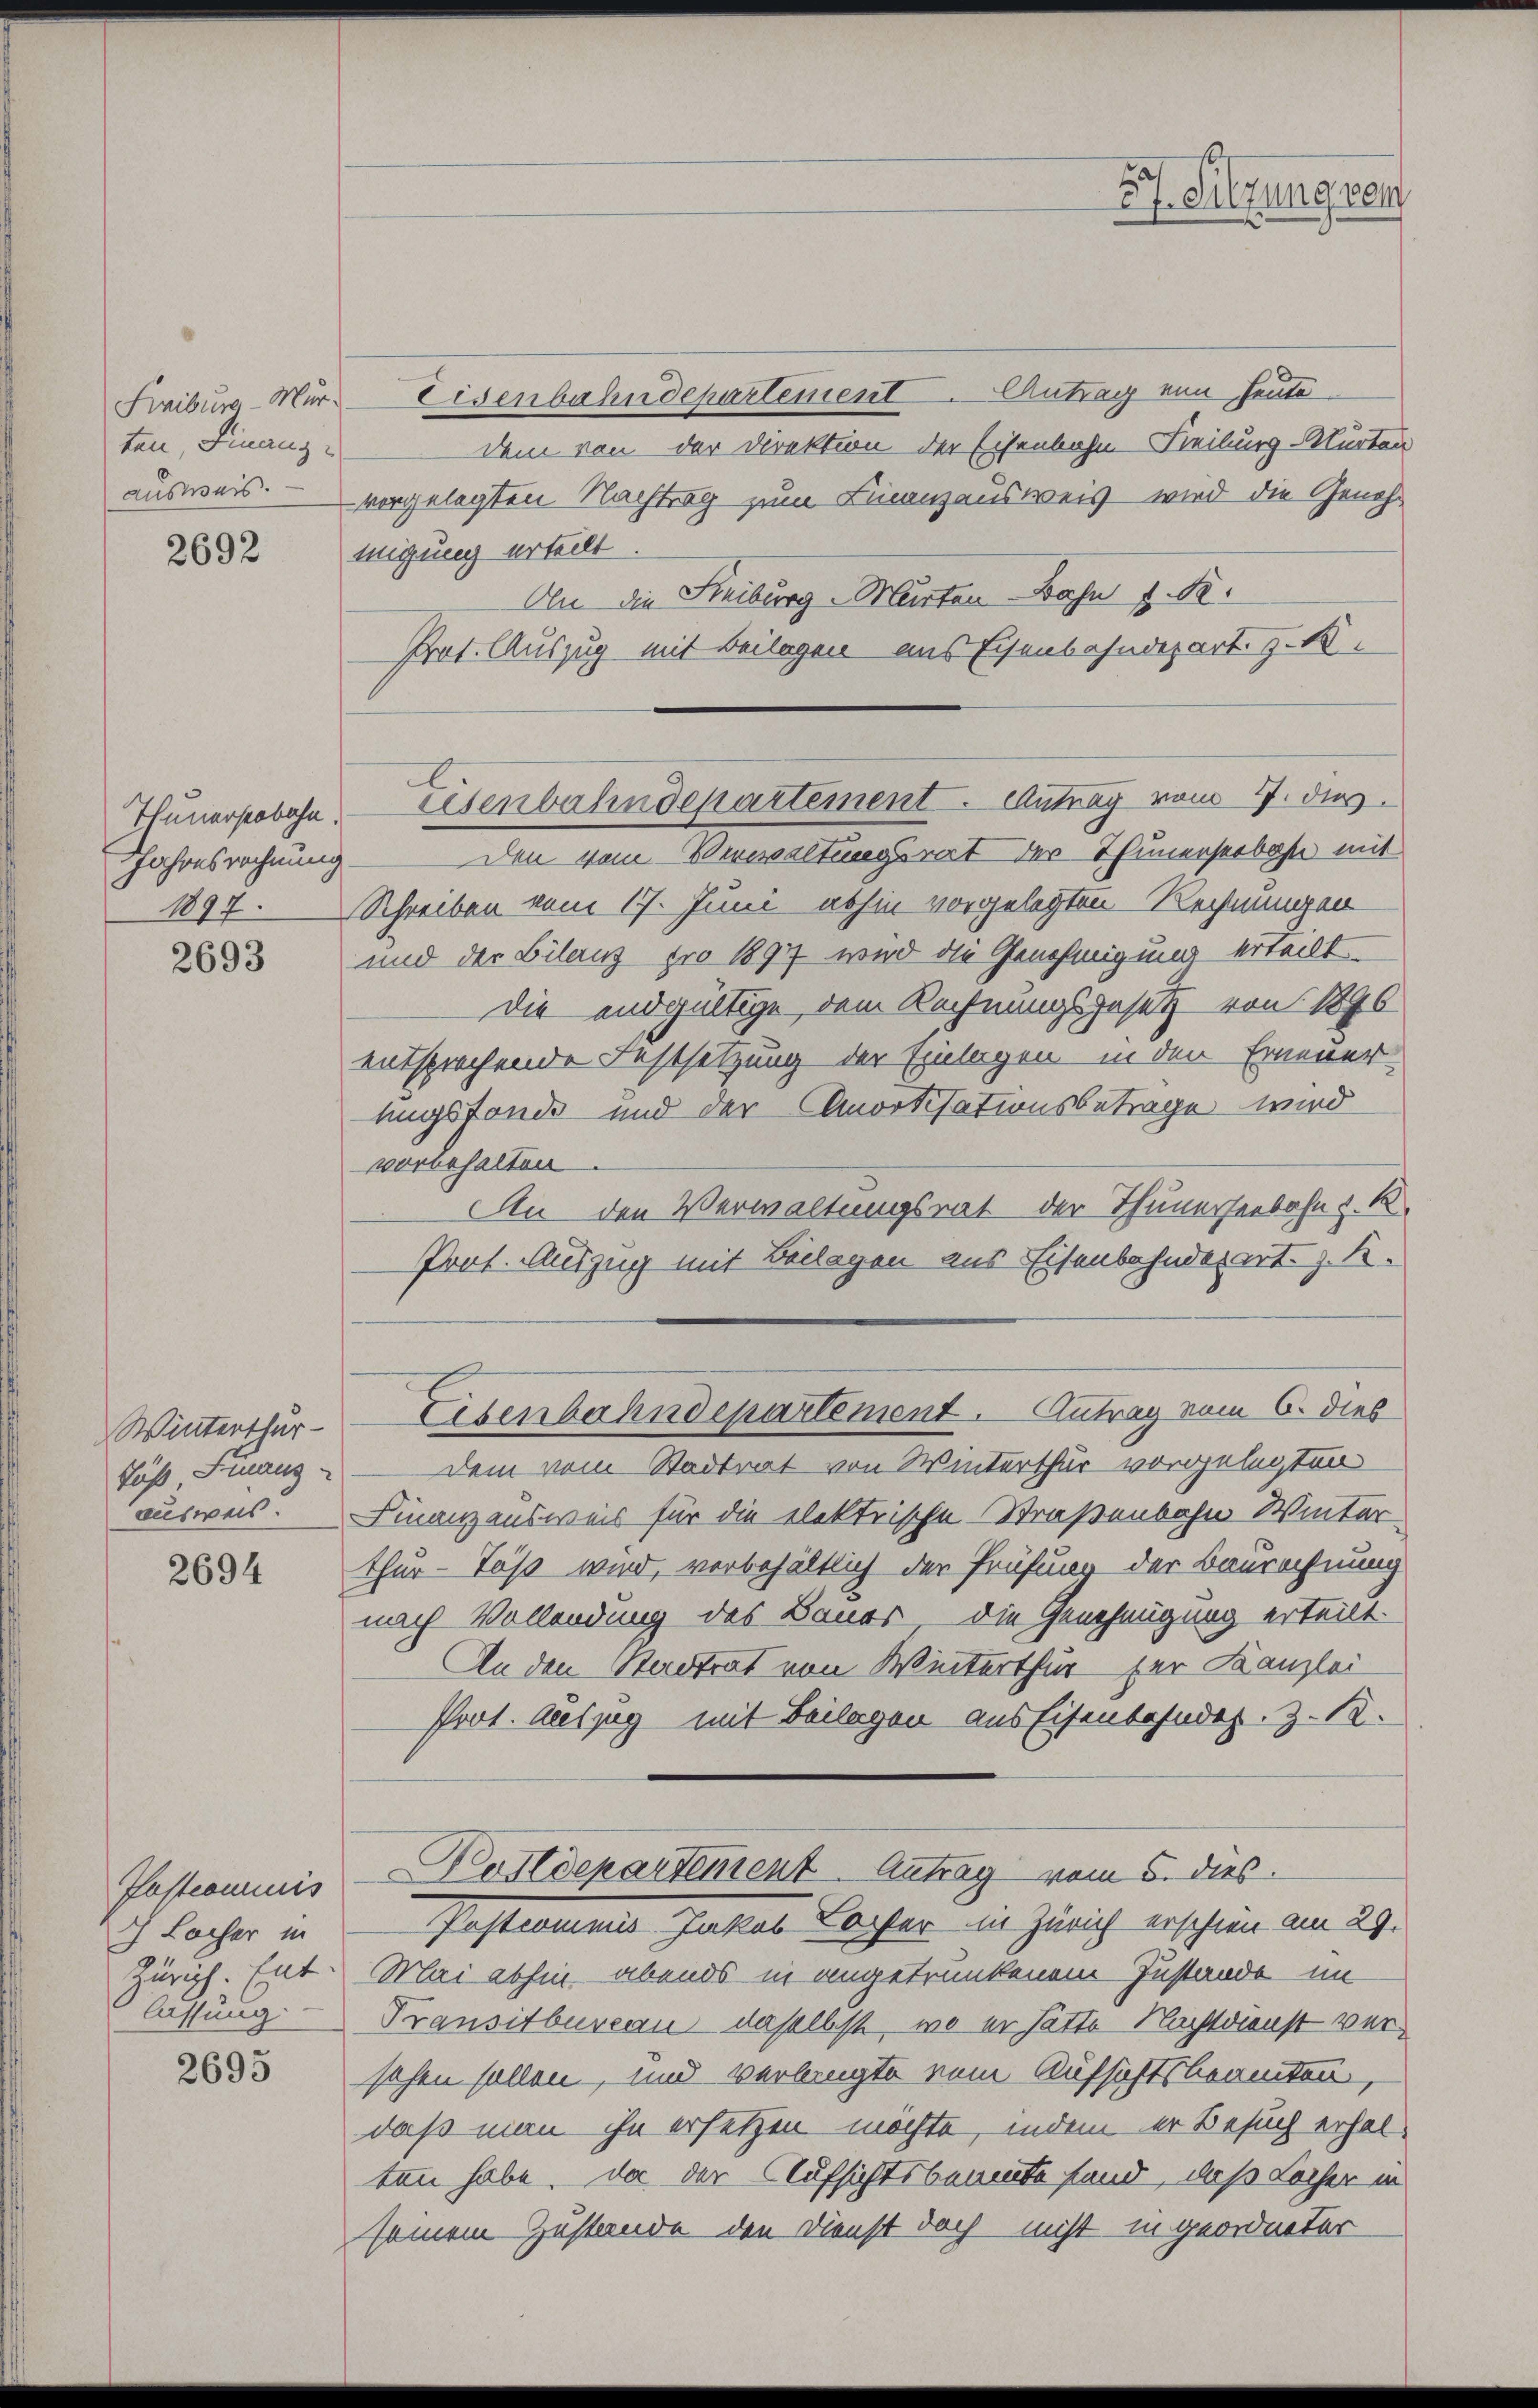
ten, Finanz¬

2692

Thunerstobahn.
Jahresrechnung

2693

Winterthur
Fuß Finanz-
ausweis.

2694

Postcommis
ch Locher in
Zürich. Ent
lassung

2695

Freiburg Mur Eisenbahndepartement. Antrag von heute
dem von der Direktion der Eisenbahn-Freiburg-Mürten
ausweis vorgelegten Nachtrag zum Finanzausweis wird die Genehmigung erteilt
Aln die Reiburg-Murten Bahn 1 S.
Prot. Auszug mit Beilagen aus Eisenbahndepart z. B.

Den vom Verwaltungsrat der Thunerseebahn mit
1897. Schreiben vom 17. Juni abhin vorgelegten Rechnungen
und der Bilanz pro 18977 wird die Genehmigung erteilt.
Die endgültige, dem Rechnungsgesetz von 1896
entsprechende Festsetzung der Einlagen in den Erneuer-
ungsfonde und der Amortisationsbetrage wird
vorbehalten
An den Verwaltungsrat der Thunerseebahn z. B.
Prof. Auszug mit Beilagen aus Eisenbahndepart. z. B.
Dem vom Stadtrat von Winterthur vorgelegten
Finanzausweis für die elektrische Straßenbahn Winter-
thur - Töß wird, vorbehältlich der Prüfung der Baurechnung
nach Vollendung des Bauer die Genehmigung erteilt.
An den Stadtrat von Winterthur für Kanzlei
Prot. Auszug mit Beilagen aus Eisenbahndet. Z. 12.
Kostdepartement. Antrag vom 5. dies
Postcommis Jakob Bacher in Zürich erschien am 29.
Mai abhin abends in angetrunkenem Zustande im
Transitbureau daselbst, wo er hätte Nachtdienst versehen sollen, und verlangte vom Aufsichtsbeamten,
daß man ihn ersetzen möchte, indem er Besuch erhal-
ten habe. Da der Aufsichtsbeamte fand, daß Locher in
seinem Zustande den Dienst doch nicht in geordneter

a
cf. Silzung sei

Eisenbahndepartement. Antrag vom 17. dies

Eisenbahndepartement. Antrag vom 6. dies